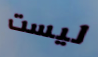
ليست